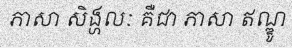
ភាសា សិង្ហលៈ គឺជា ភាសា ឥណ្ឌូ